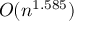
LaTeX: O ( n ^ { 1 . 5 8 5 } )